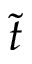
\tilde { t }